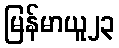
မြန်မာယူ၂၃